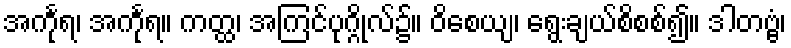
အင်္ကုရ၊ အင်္ကုရ။ ကတ္ထ၊ အကြင်ပုဂ္ဂိုလ်၌။ ဝိစေယျ၊ ရွေးချယ်စိစစ်၍။ ဒါတဗ္ဗံ၊